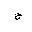
Letter: _ha